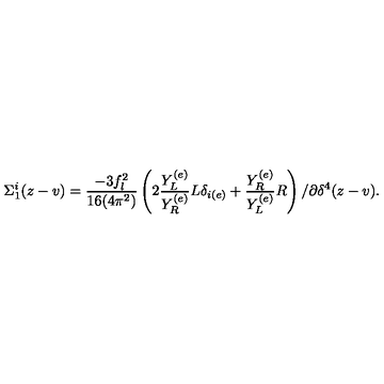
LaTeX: \Sigma _ { 1 } ^ { i } ( z - v ) = \frac { - 3 f _ { l } ^ { 2 } } { 1 6 ( 4 \pi ^ { 2 } ) } \left( 2 \frac { Y _ { L } ^ { ( e ) } } { Y _ { R } ^ { ( e ) } } L \delta _ { i ( e ) } + \frac { Y _ { R } ^ { ( e ) } } { Y _ { L } ^ { ( e ) } } R \right) / \partial \delta ^ { 4 } ( z - v ) .